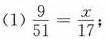
(1) $$\frac { 9 } { 5 1 } = \frac { x } { 1 7 }$$ ；